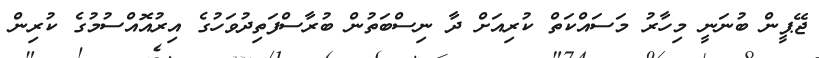
ޖޭޕީން ބުނަނީ މިހާރު މަސައްކަތް ކުރިއަށް ދާ ނިސްބަތުން ބުރާސްފަތިދުވަހުގެ އިރުއޮއްސުމުގެ ކުރިން